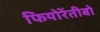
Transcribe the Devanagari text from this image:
फियोरेंतीबो